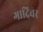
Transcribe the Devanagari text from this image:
गादिवर